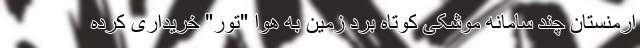
ارمنستان چند سامانه موشکی کوتاه برد زمین به هوا "تور" خریداری کرده